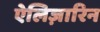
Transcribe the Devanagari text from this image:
ऐलिज़ारिन